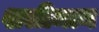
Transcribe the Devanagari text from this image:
शलीमान